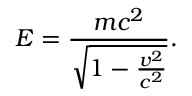
E = { \frac { m c ^ { 2 } } { \sqrt { 1 - { \frac { v ^ { 2 } } { c ^ { 2 } } } } } } .